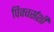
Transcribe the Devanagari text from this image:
पिक्चर्सशी